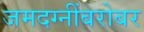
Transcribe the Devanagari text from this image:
जमदग्नींबरोबर